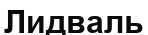
Лидваль